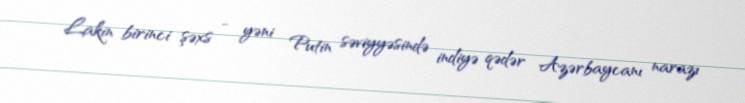
Lakin birinci şəxs - yəni Putin səviyyəsində indiyə qədər Azərbaycanı narazı